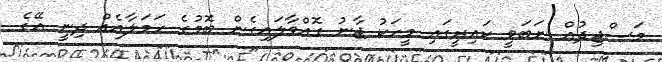
މަސްޖިދުއް ނަބަވީ ކައިރީގައި މީހަކު ޖާނު ގޮއްވާލައިގެން ބޮމުގެ ހަމަލާއެއް ދިނީ އޭގެ